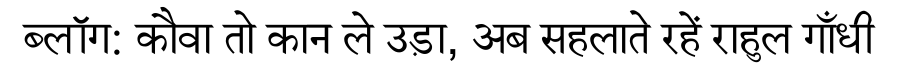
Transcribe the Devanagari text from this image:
ब्लॉग: कौवा तो कान ले उड़ा, अब सहलाते रहें राहुल गाँधी